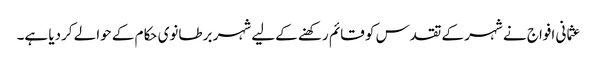
عثما نی افواج نے شہر کے تقدس کو قائم رکھنے کےلیے شہر برطانوی حکام کے حوالے کردیا ہے۔